Indian Medical Review
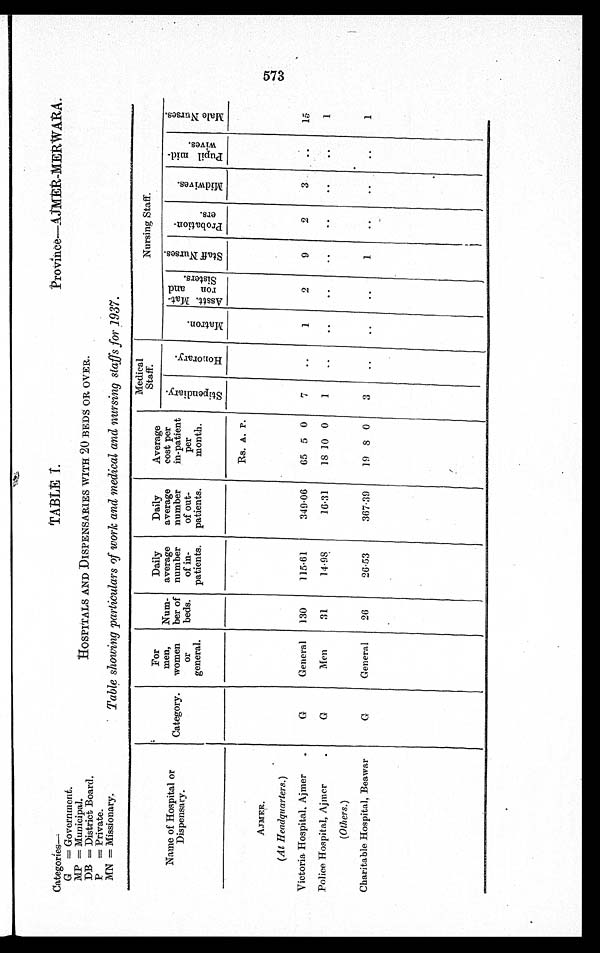
Categories—
G = Government.
MP = Municipal.
DB = District Board
.
P = Private.
MN = Missionary.
HOSPITALS AND DISPENSARIES WITH 20 BEDS OR OVER.
Table showing particulars of work and medical and nursing staffs for 1937.
Name of Hospital or
Dispensary.
Category.
For
men,
women
or
general.
Num-
ber of
beds.
Daily
average
number
of in-
patients.
Daily
average
number
of out-
patients.
Average
cost per
in-patient
per
month.
Medical
Staff.
Nursing Staff.
S t i p e n d i a r y .
H o n o r a r y .
M a t r o n .
A s s t t . M a t - r o n a n d S i s t e r s .
S t a f f N u r s e s .
P r o b a t i o n - e r s .
M i d w i v e s .
P u p i l m i d - w i v e s .
M a l e N u r s e s .
Rs. A. P.
AJMER.
(At Headquarters.)
Victoria Hospital, Ajmer
G
General 130
115.61
349.06 65 5 0 7
1
2
9
2
3
15
Police Hospital, Ajmer
G
Men
31
14.98
16.31
18 10 0
1
1
(Others.)
Charitable Hospital, Beawar
G
General 26
26.53
367.39
19 8 0 3
1
1
573